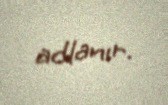
adlanır.